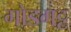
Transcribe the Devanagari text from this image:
गोडगट्ट